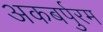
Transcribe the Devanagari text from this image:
अकबर्पुरम